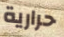
حرارية